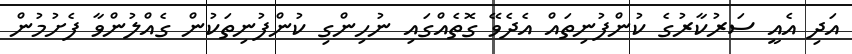
އަދި އެއީ ސަރުކާރުގެ ކުންފުނިތައް އެދެވޭ ގޮތެއްގައި ނުހިންގި ކުންފުނިތަކުން ގެއްލުންވާ ފެށުމުން